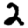
Digit: 2